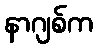
နာဂျစ်က